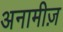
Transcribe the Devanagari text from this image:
अनामीज़